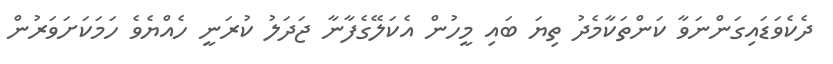
ދެކެވަޑައިގަންނަވާ ކަންތަކާމެދު ތިޔަ ބައި މީހުން އެކަލޭގެފާނާ ޖަދަލު ކުރަނީ ހެއްޔެވެ ހަމަކަށަވަރުން